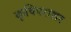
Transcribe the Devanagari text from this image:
कृषिपराशर